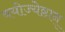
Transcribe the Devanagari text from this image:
वयोज्येष्ठान्‌